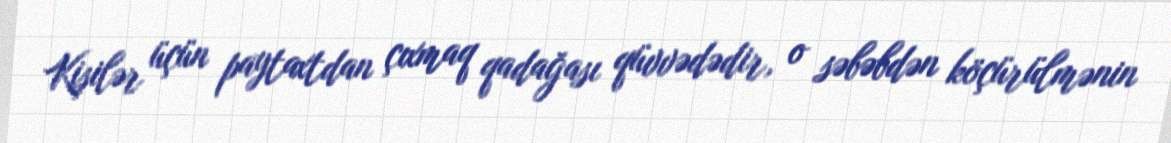
Kişilər üçün paytaxtdan çıxmaq qadağası qüvvədədir, o səbəbdən köçürülmənin